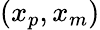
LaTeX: (x_{p},x_{m})